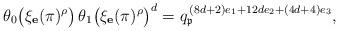
LaTeX: \begin{align*} \theta_0 \big( \xi_\mathbf{e}(\pi)^\rho \big) \, \theta_1 \big( \xi_\mathbf{e}(\pi)^\rho \big)^d = q_\mathfrak{p}^{\, (8d+2)e_1+12de_2+(4d+4)e_3},\end{align*}